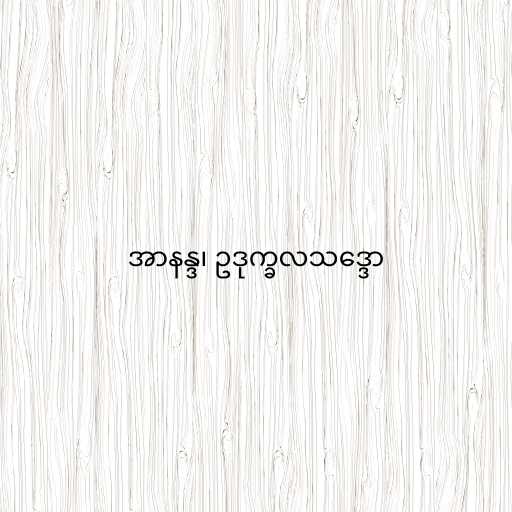
အာနန္ဒ၊ ဥဒုက္ခလသဒ္ဒော